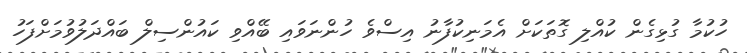
ހުކުމާ ގުޅިގެން ކުއްލި ގޮތަކަށް އެމަނިކުފާނު އިސްވެ ހުންނަވައި ބޭއްވި ކައުންސިލް ބައްދަލުވުމަށްފަހު